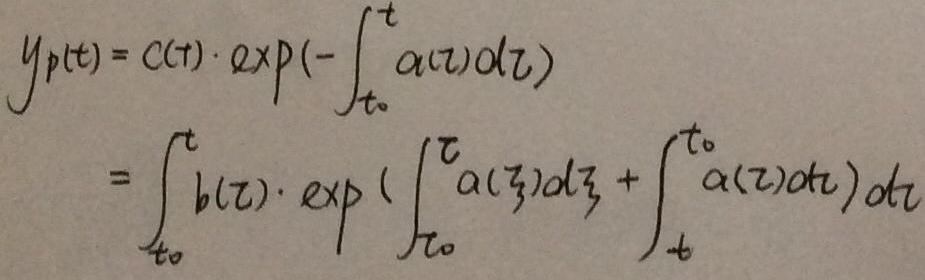
\[
\begin{align*}
y_p(t)&=C(t)\cdot\exp\left(-\int_{t_0}^{t} a(\tau)d\tau\right)\\
&=\int_{t_0}^{t} b(\tau)\cdot\exp\left(\int_{\tau_0}^{\tau} a(\xi)d\xi+\int_{t}^{t_0} a(\tau)d\tau\right)d\tau
\end{align*}
\]